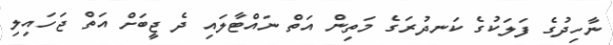
ނާހިދުގެ ފަލަކުގެ ކަނދުރަގެ މަތިން އަތް ނައްޓާލައި ދެ ޖީބަށް އަތް ޖަހައިލި